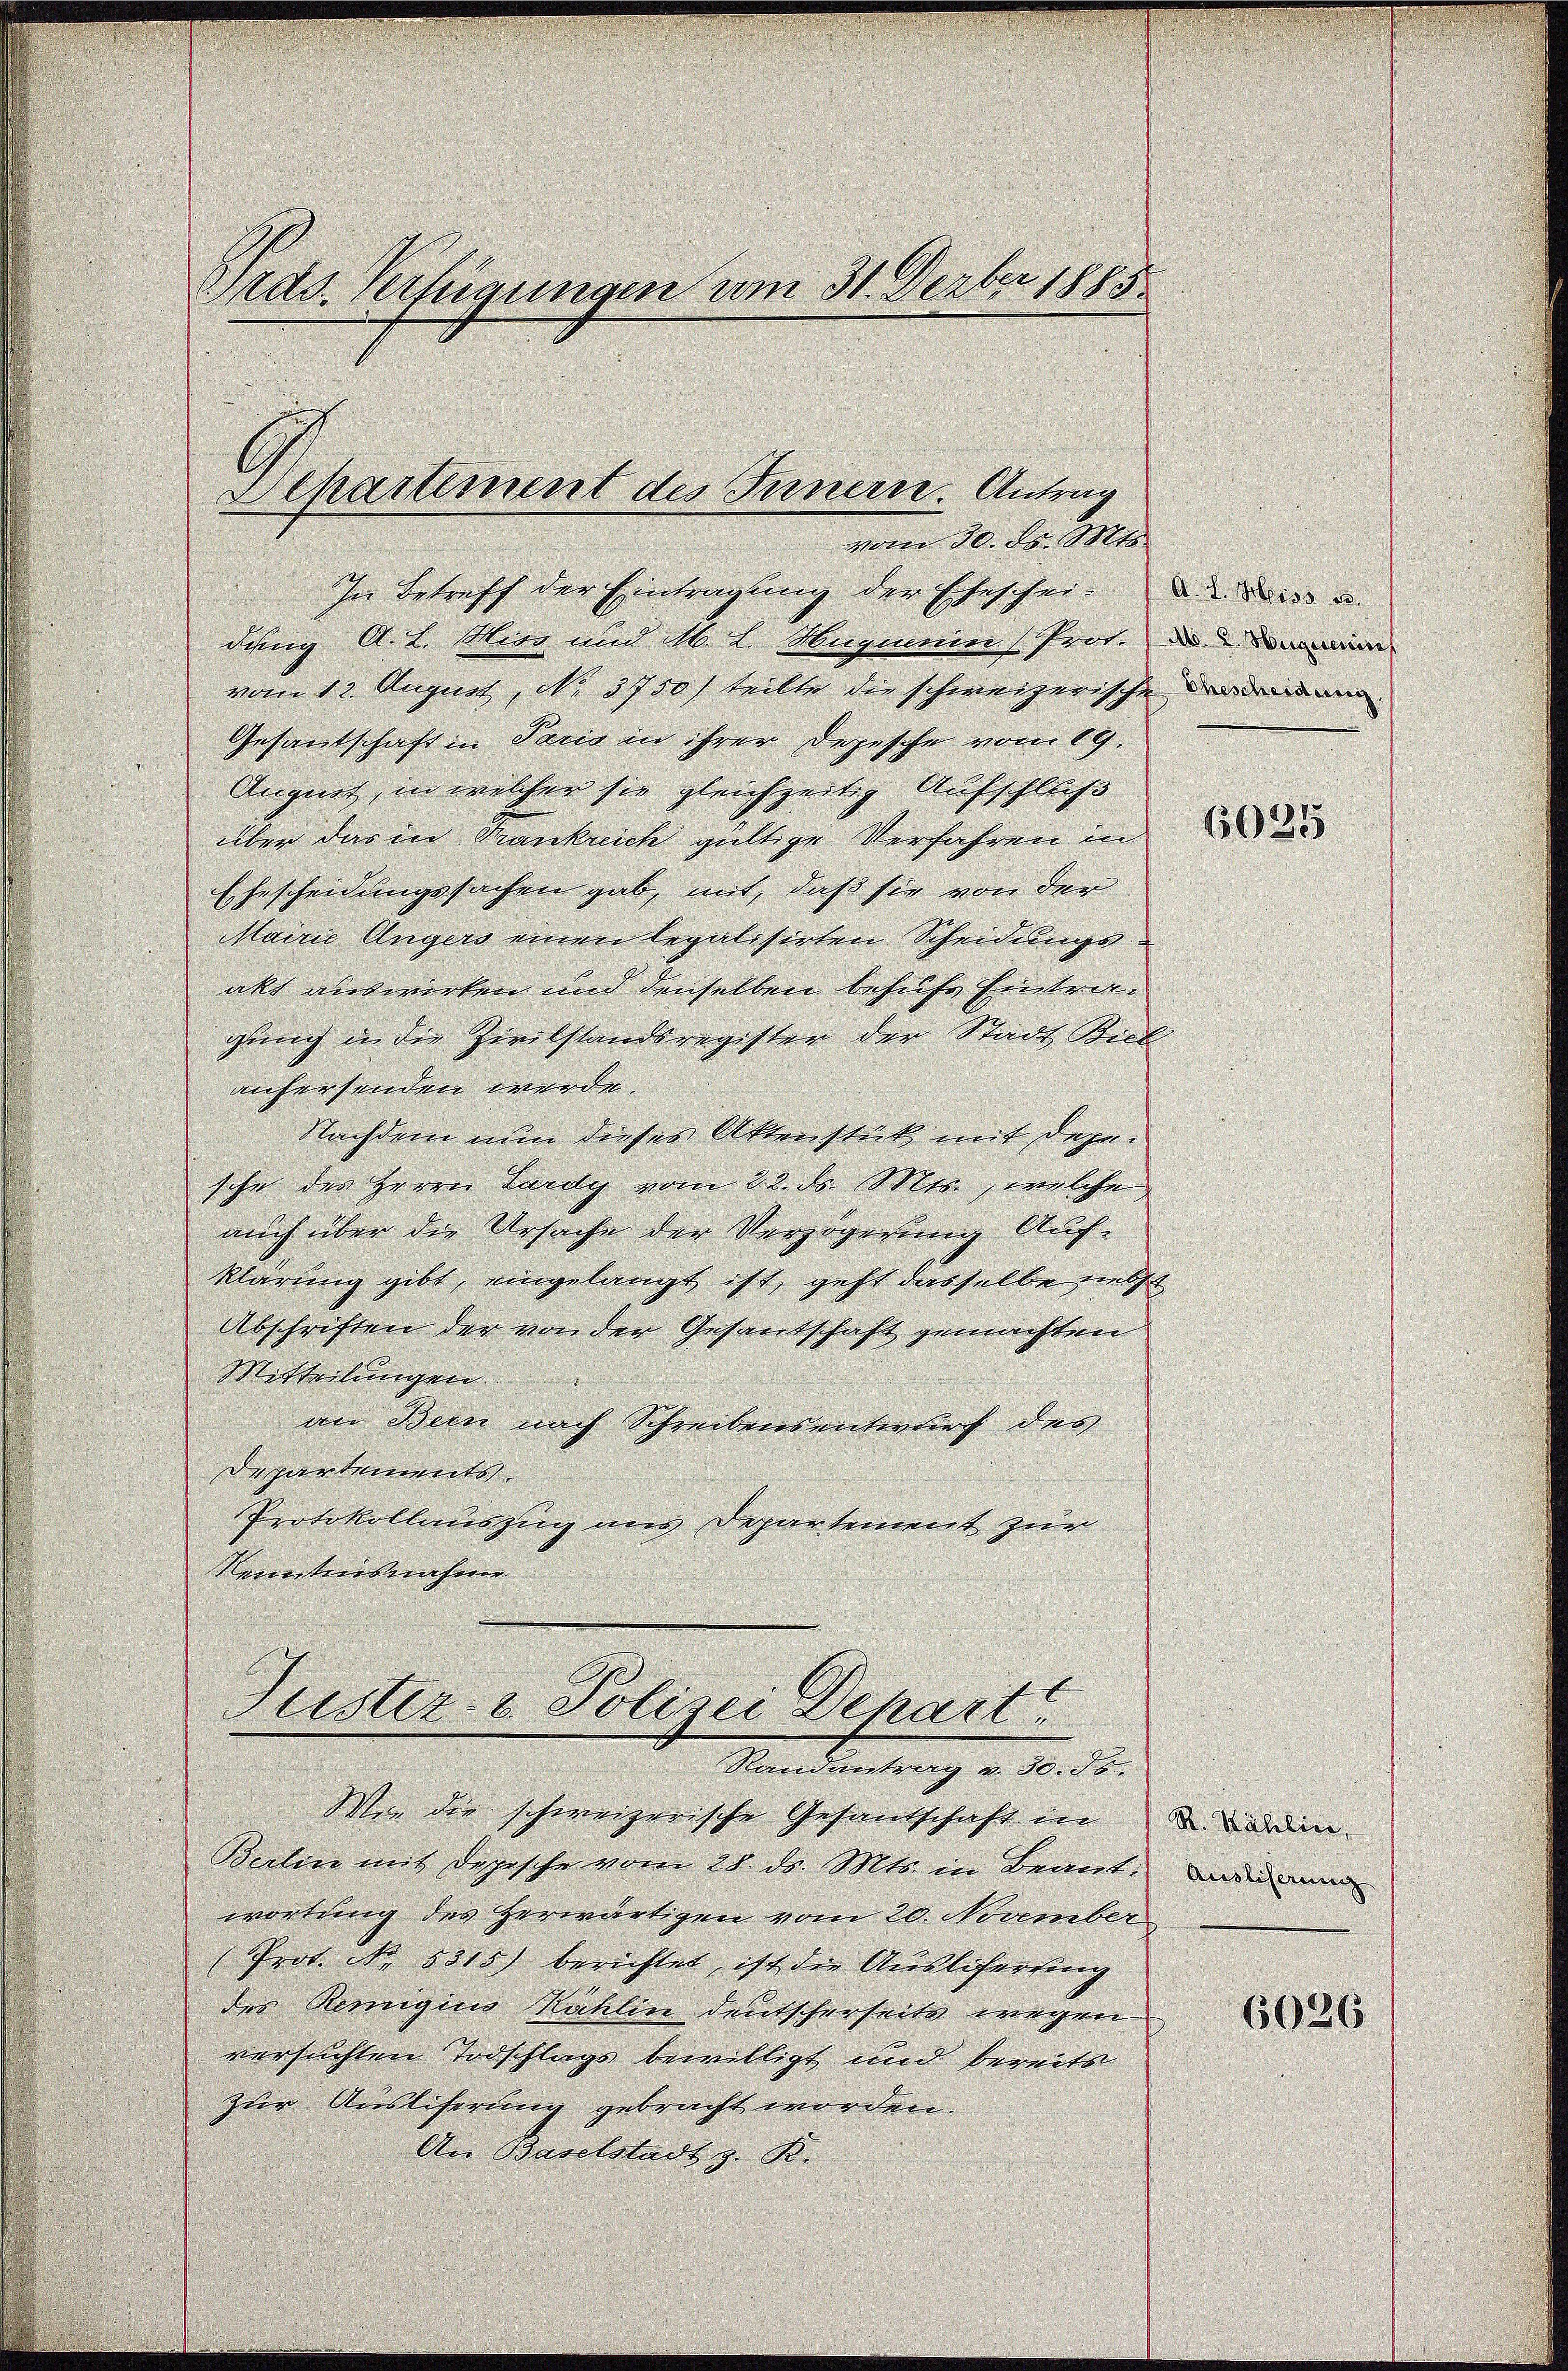
Brds Verfügungen vom 31. Derber 1885.
Separtement des Innern. Antrag
vom 30. ds. Mts.

In Betreff der Eintragung der Eheschei- des u.
dung A. L. Mir und M. L. Hagmein (Prot.
vom 12. August, No. 3750) teilte die schweizerischeiden
Gesantschaft in Paris in ihrer Depesche vom 19.
August, in welcher sie gleichzeitig Aufschluß
über das in Frankreich gültige Verfahren in
Ehescheidungssachen gab, mit, daß sie von der
Mairić Ungers einen legalisirten Scheidungsakt auswirken und denselben behufs Eintraglung in die Zivilstandsregister der Stadt Biel
anhersenden werde.
Nachdem nun dieses Aktenstück, mit depesche des Herrn Lardy vom 22. ds. Mts., welche
auch über die Ursache der Verzögerung Aufklärung gibt, eingelangt ist, geht dasselbe siebst
Abschriften der von der Gesandtschaft gemachten
Mitteilungen
an Bern nach Schreibensentwurf des
Departements.
Protokollauszug aus Departement zur
Kenntnisnahme
Justiz- & Polizei Depart
Randantrag v. 30. 56.
Wie die schweizerische Gesandschaft in u. Forden.
Berlin mit Depesche vom 28. ds. Mts. in Beant. Dann
wortung des herwärtigen vom 20. November
(Prot. No. 5315) berichtet, ist die Ausliferting
des Remigius Kahlin deutscherseits wegen
versuchten Todschlags bewilligt und bereits
zur Auslieferung gebracht worden.
An Baselstadt z. B.

6025

6026